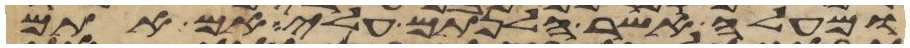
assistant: ומעלה אשר הלנתם עלי אם אתם